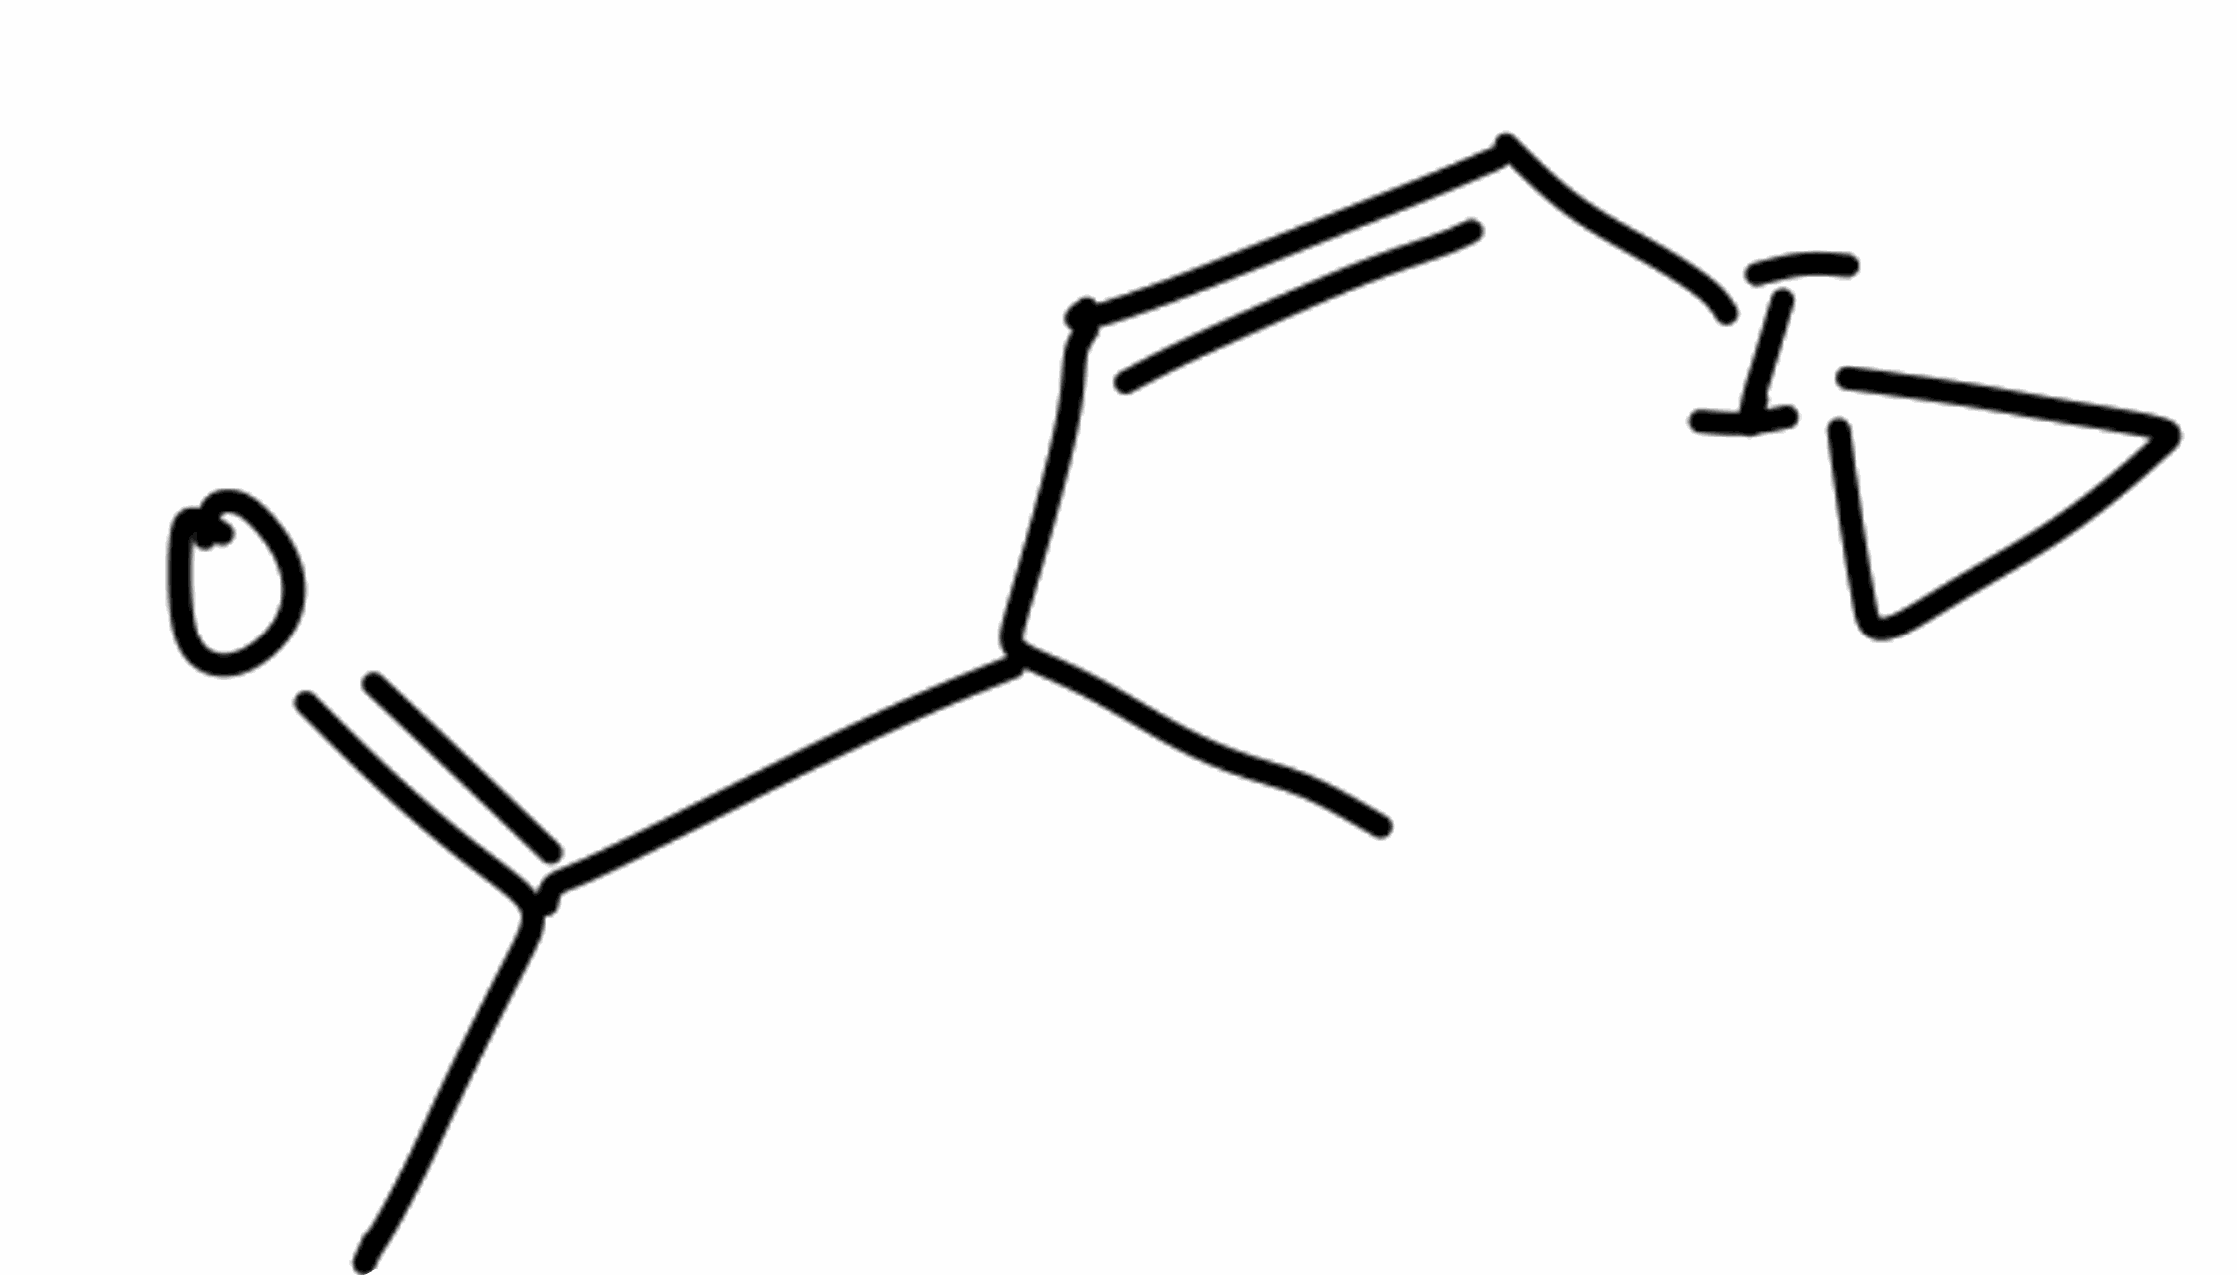
Simplified molecular-input line-entry system (SMILES) notation of the given molecule:
CC(/C=C\I1CC1)C(=O)C